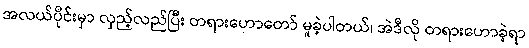
အလယ်ပိုင်းမှာ လှည့်လည်ပြီး တရားဟောတော် မူခဲ့ပါတယ်၊ အဲဒီလို တရားဟောခဲ့ရာ